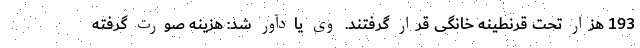
193 هزار تحت قرنطینه خانگی قرار گرفتند. وی یادآور شد: هزینه صورت گرفته